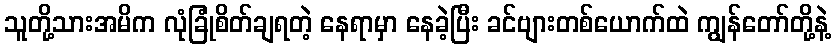
သူတို့သားအမိက လုံခြုံစိတ်ချရတဲ့ နေရာမှာ နေခဲ့ပြီး ခင်ဗျားတစ်ယောက်ထဲ ကျွန်တော်တို့နဲ့